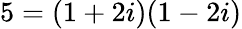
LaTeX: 5=(1+2i)(1-2i)